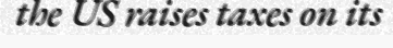
the US raises taxes on its